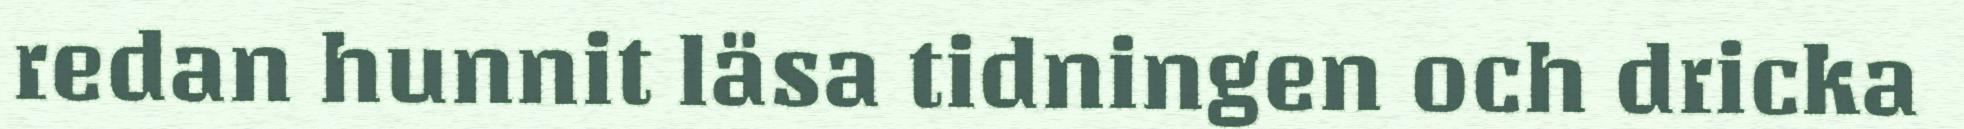
redan hunnit läsa tidningen och dricka